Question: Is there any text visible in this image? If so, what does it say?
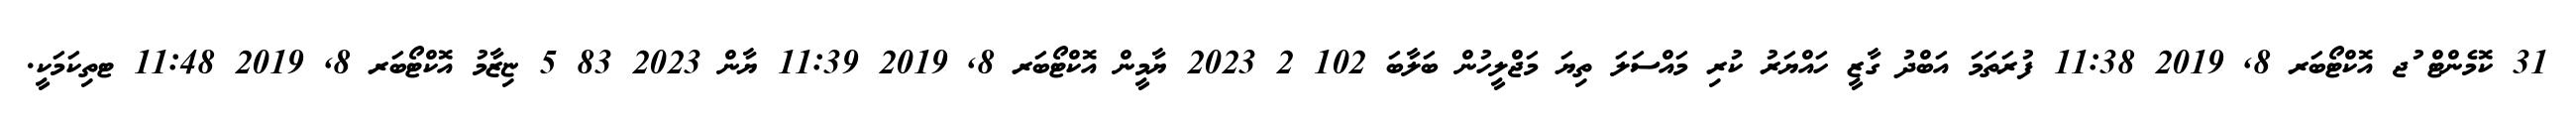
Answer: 31 ކޮމެންޓް ުޖ އޮކްޓޯބަރ 8, 2019 11:38 ފުރަތަމަ އަބްދު ގާޒީ ހައްޔަރު ކުރި މައްސަލަ ތިޔަ މަޖްލީހުން ބަލާބަ 102 2 2023 ޔާމީން އޮކްޓޯބަރ 8, 2019 11:39 ޔާން 2023 83 5 ޏިޒާމު އޮކްޓޯބަރ 8, 2019 11:48 ޓތިކަމަކީ.